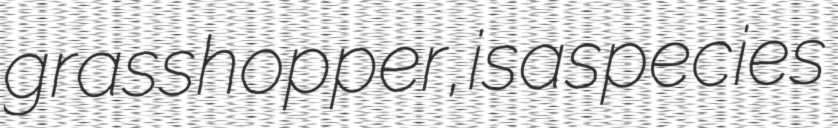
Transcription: grasshopper, is a species